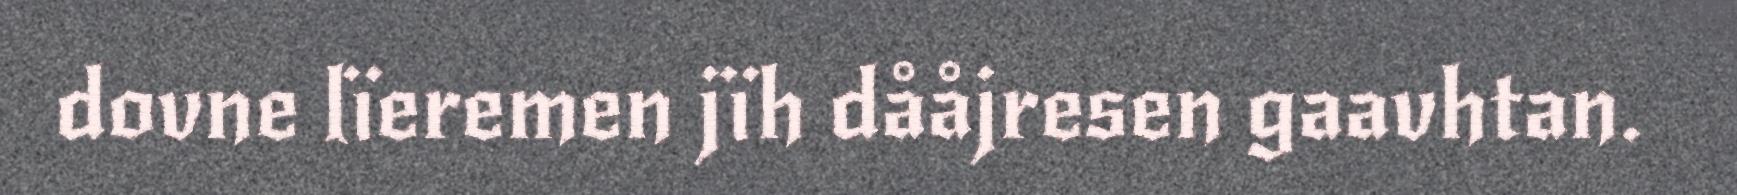
dovne lïeremen jïh dååjresen gaavhtan.